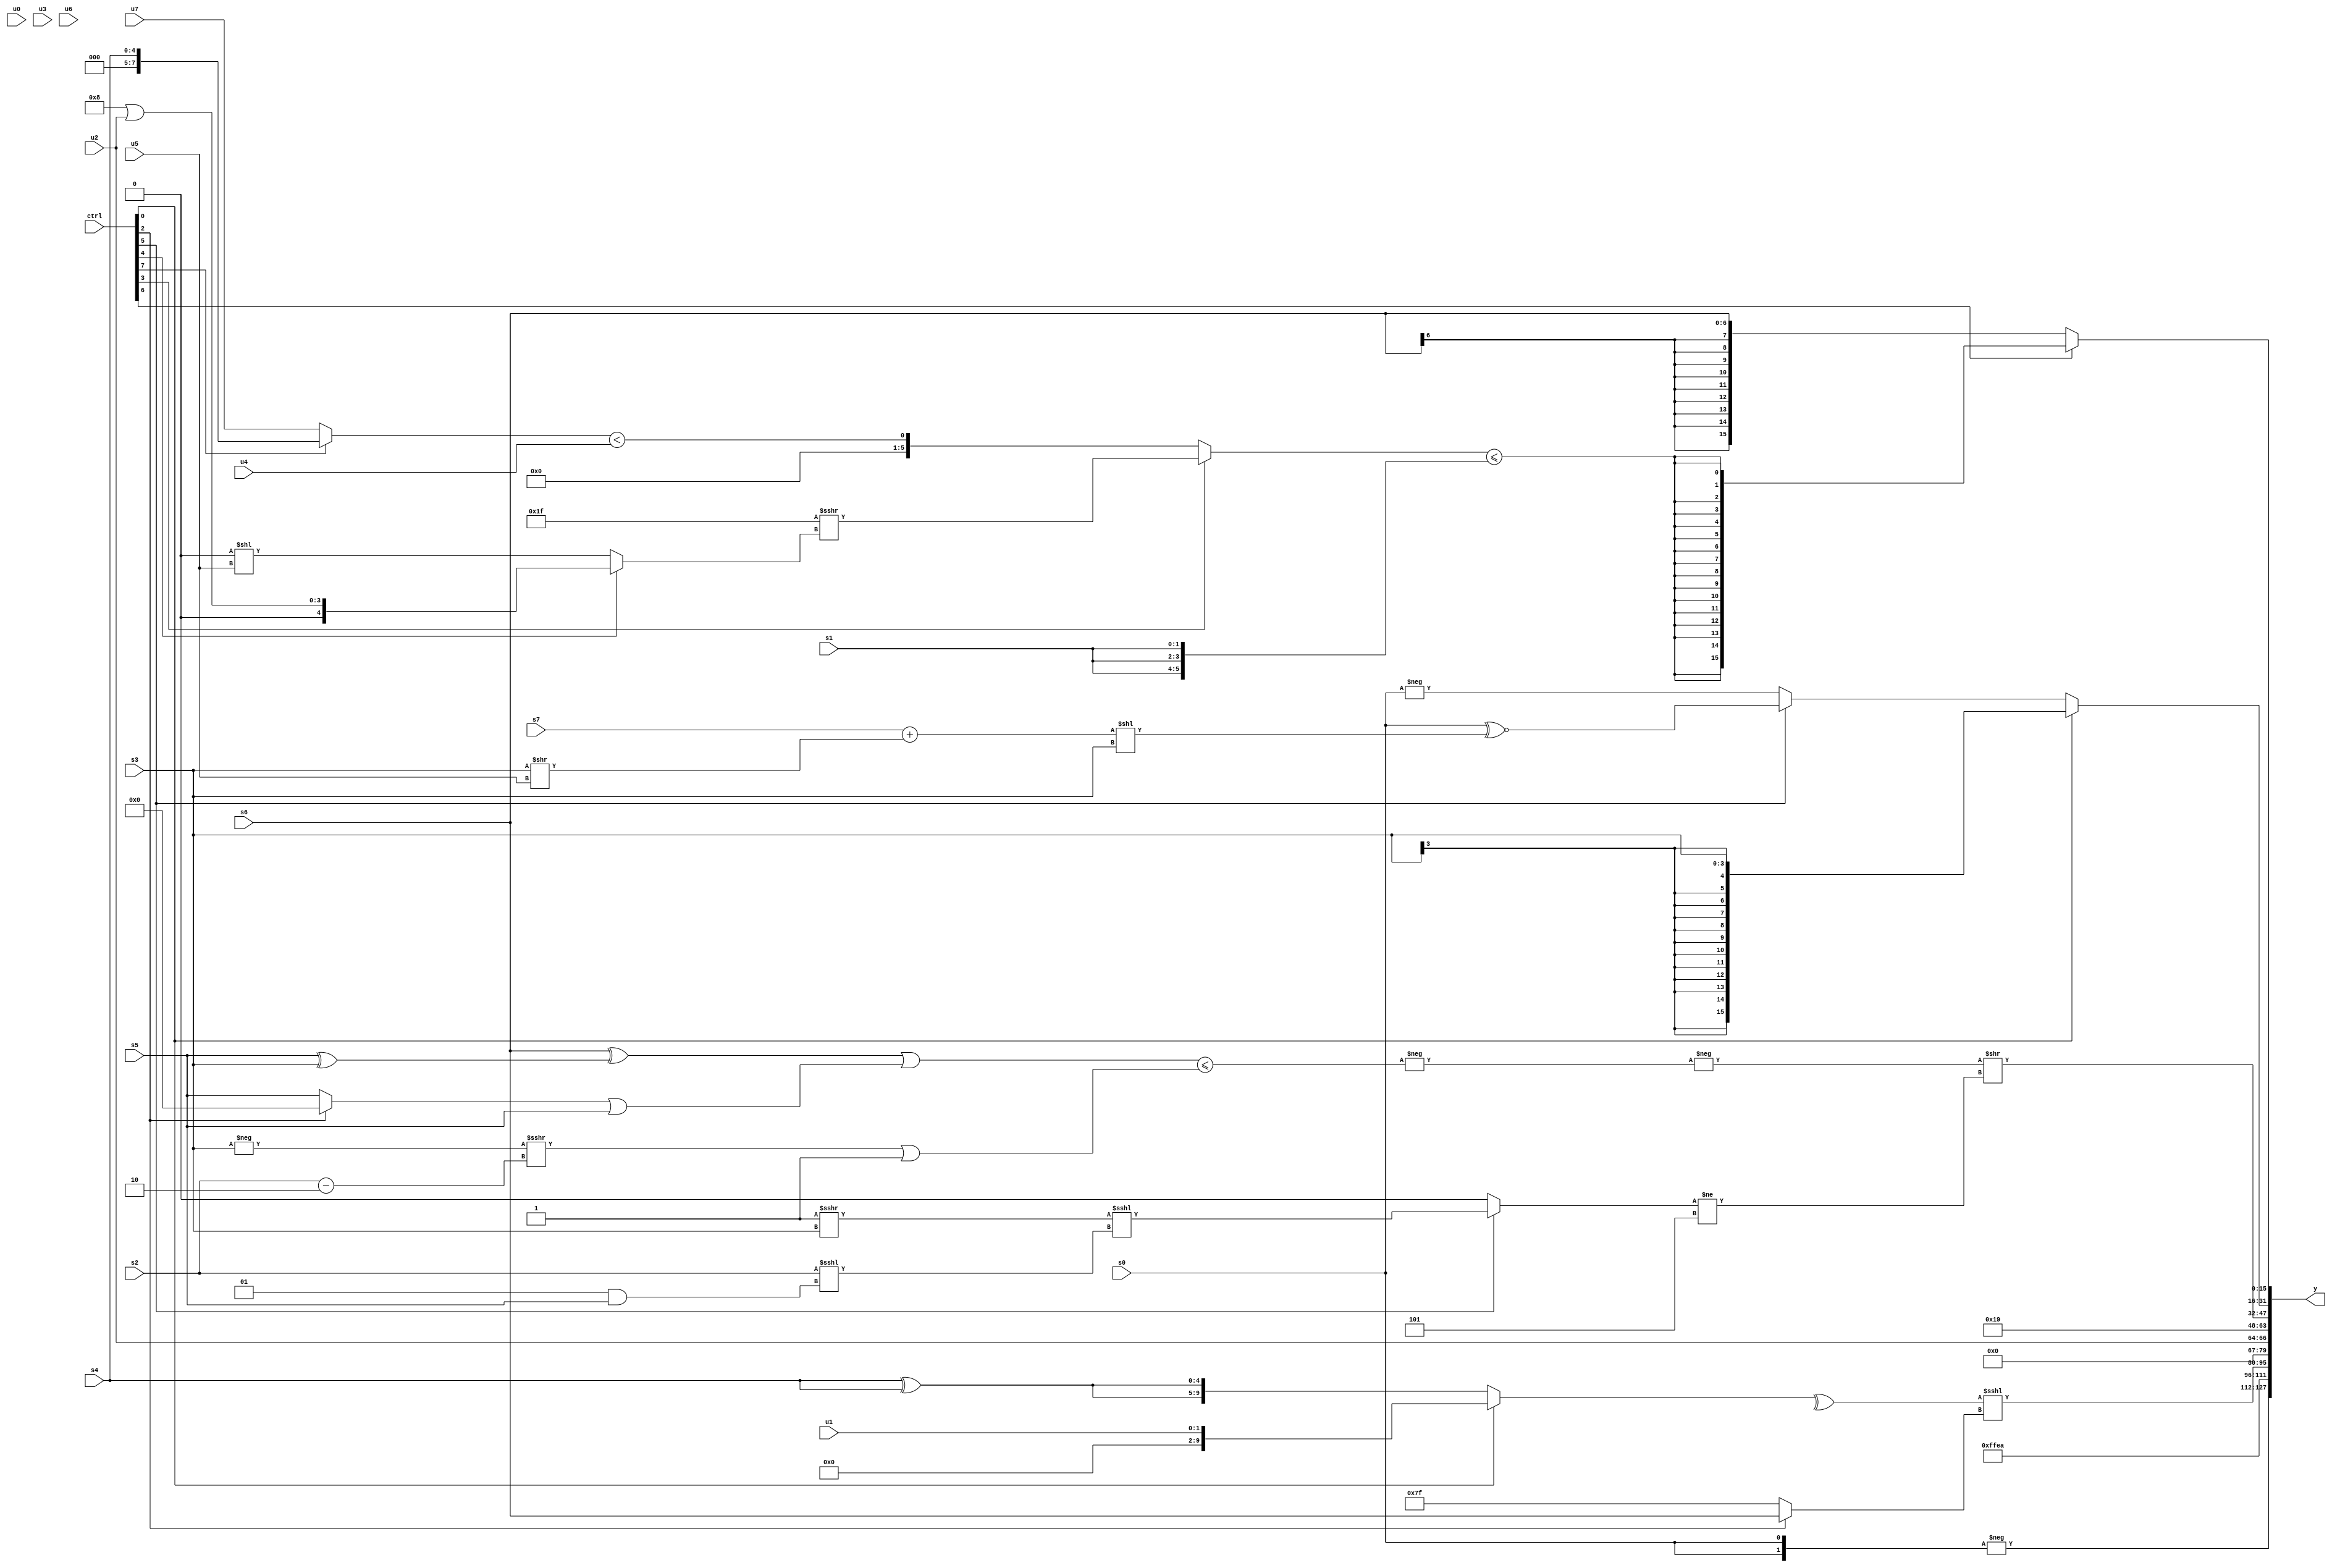
module wideexpr_00345(ctrl, u0, u1, u2, u3, u4, u5, u6, u7, s0, s1, s2, s3, s4, s5, s6, s7, y);
  input [7:0] ctrl;
  input [0:0] u0;
  input [1:0] u1;
  input [2:0] u2;
  input [3:0] u3;
  input [4:0] u4;
  input [5:0] u5;
  input [6:0] u6;
  input [7:0] u7;
  input signed [0:0] s0;
  input signed [1:0] s1;
  input signed [2:0] s2;
  input signed [3:0] s3;
  input signed [4:0] s4;
  input signed [5:0] s5;
  input signed [6:0] s6;
  input signed [7:0] s7;
  output [127:0] y;
  wire [15:0] y0;
  wire [15:0] y1;
  wire [15:0] y2;
  wire [15:0] y3;
  wire [15:0] y4;
  wire [15:0] y5;
  wire [15:0] y6;
  wire [15:0] y7;
  assign y = {y0,y1,y2,y3,y4,y5,y6,y7};
  assign y0 = -({2{s0}});
  assign y1 = +($signed(6'sb101010));
  assign y2 = (^((ctrl[0]?u1:{2{(s4)^(s4)}})))<<<($signed($signed(($signed((ctrl[2]?s6:3'sb111)))<<<(&($unsigned((+($unsigned(1'sb1)))&($signed(2'sb10))))))));
  assign y3 = u2;
  assign y4 = 5'b11001;
  assign y5 = (-(-(((((ctrl[4]?s6:s6))^((s5)^(s3)))|(((ctrl[2]?1'sb0:s5))|(s5)))<=(((-(s3))>>>((s2)-(3'sb110)))|(4'sb1111)))))>>(($signed((ctrl[5]?($signed((1'sb1)>>>(s3)))<<<((s2)<<<((2'sb01)&(s5))):1'sb0)))!=(4'sb1101));
  assign y6 = (ctrl[0]?s3:(ctrl[5]?(s0)^~(((s7)+((s3)>>($unsigned(u5))))<<(s3)):-($signed(s0))));
  assign y7 = (ctrl[6]?$signed(((ctrl[3]?(5'sb11111)>>>((ctrl[4]?(5'b01000)|(u2):(1'b0)<<(u5))):((ctrl[7]?$unsigned(s4):{1{u7}}))<(u4)))<=({3{$signed($unsigned(s1))}})):+(s6));
endmodule